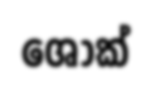
ශෝක්